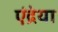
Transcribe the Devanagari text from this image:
एंद्रेया